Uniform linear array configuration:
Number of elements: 48
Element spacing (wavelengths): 1
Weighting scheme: hamming
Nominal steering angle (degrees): -30
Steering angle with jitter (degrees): -30.884
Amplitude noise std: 0.05
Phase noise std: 0.05

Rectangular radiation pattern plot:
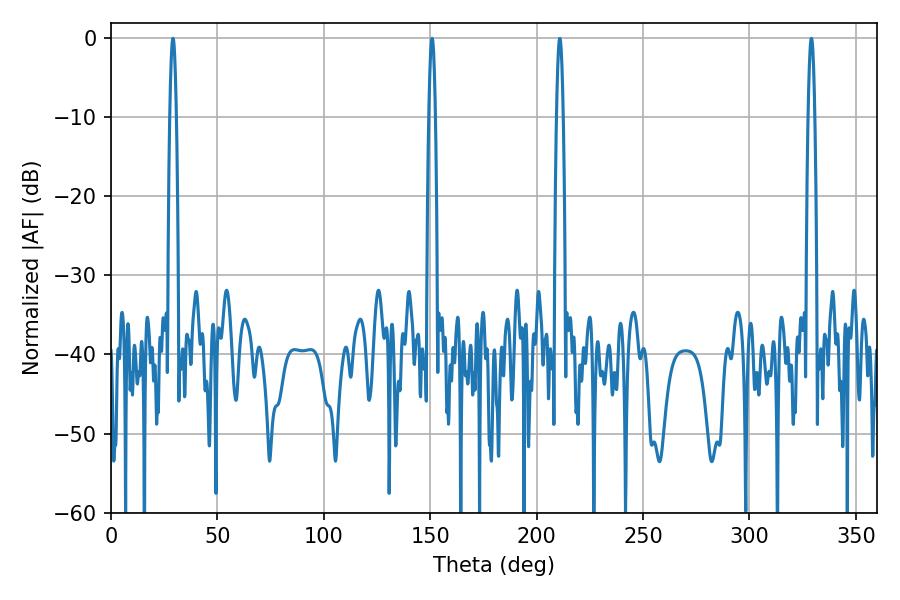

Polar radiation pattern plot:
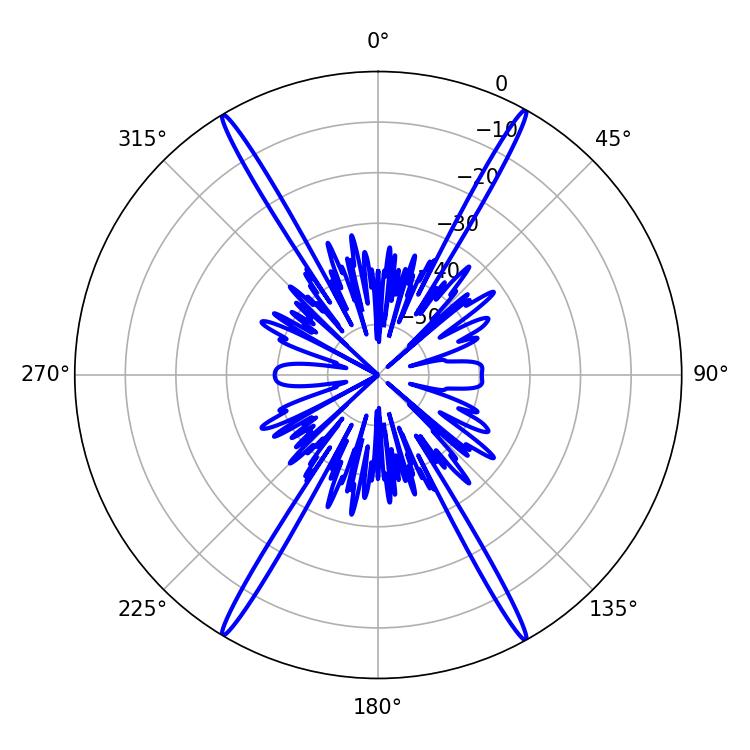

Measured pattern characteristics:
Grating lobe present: TRUE
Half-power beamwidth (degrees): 1.62
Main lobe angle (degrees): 29.16